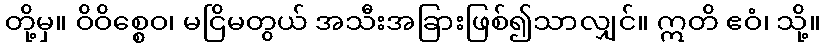
တို့မှ။ ဝိဝိစ္စေဝ၊ မငြိမတွယ် အသီးအခြားဖြစ်၍သာလျှင်။ ဣတိ ဧဝံ၊ သို့။